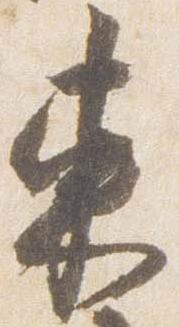
東